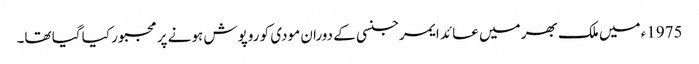
1975ء میں ملک بھر میں عائد ایمرجنسی کے دوران مودی کو روپوش ہونے پر مجبور کیا گیا تھا۔